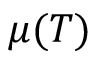
\mu ( T )